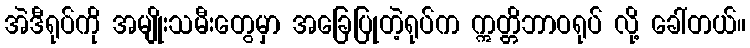
အဲဒီရုပ်ကို အမျိုးသမီးတွေမှာ အခြေပြုတဲ့ရုပ်က ဣတ္တိဘာဝရုပ် လို့ ခေါ်တယ်။